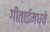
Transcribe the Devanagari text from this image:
गीताईमध्ये